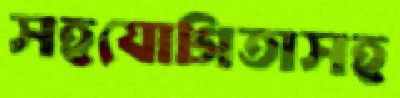
সহযোগিতাসহ